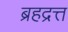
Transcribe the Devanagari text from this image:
ब्रहद्रत्त